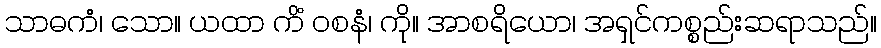
သာဓကံ၊ သော။ ယထာ ကိံ ဝစနံ၊ ကို။ အာစရိယော၊ အရှင်ကစ္စည်းဆရာသည်။